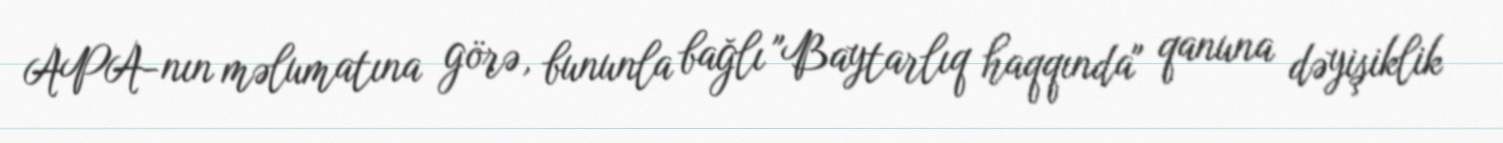
APA-nın məlumatına görə, bununla bağlı "Baytarlıq haqqında" qanuna dəyişiklik